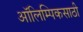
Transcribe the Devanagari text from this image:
ऑलिम्पिकसाठी